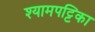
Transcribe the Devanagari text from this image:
श्यामपट्टिका